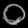
Digit: ၀